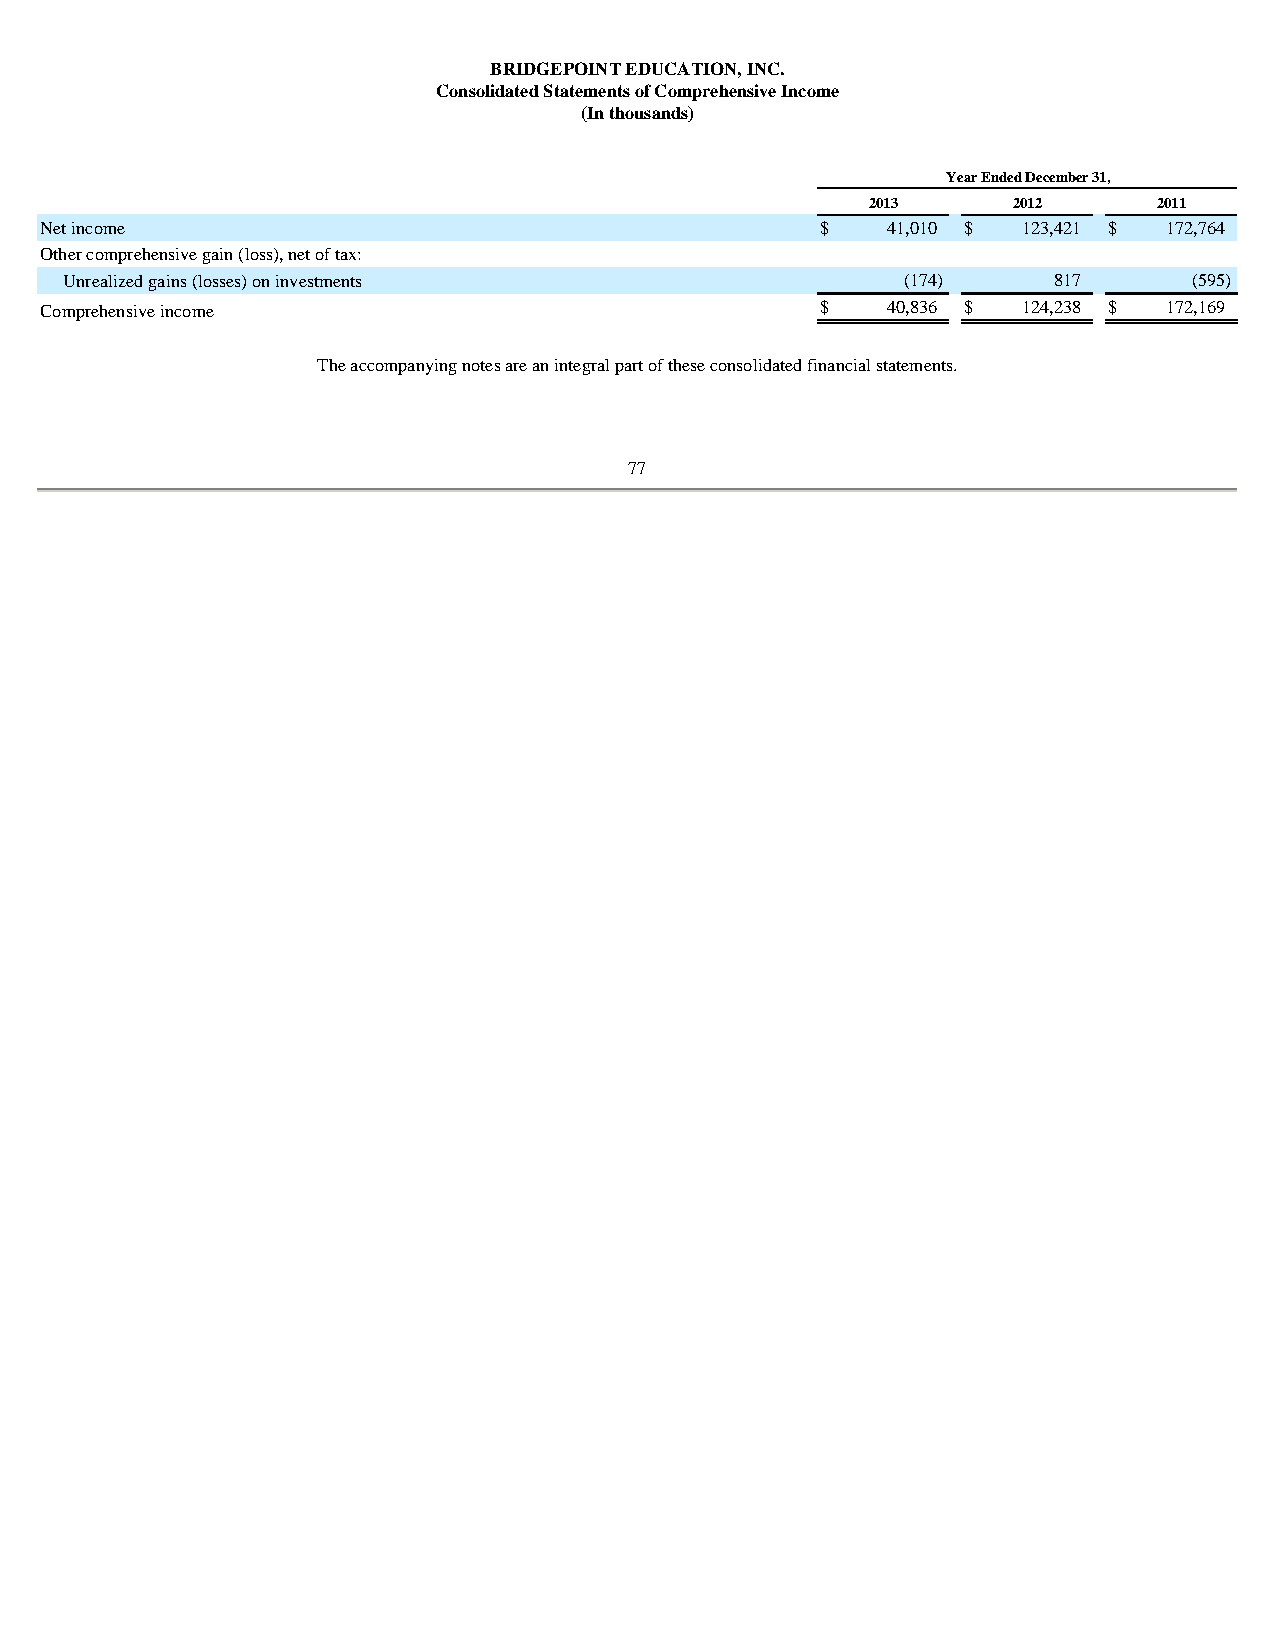
BRIDGEPOINT EDUCATION, INC.
 Consolidated Statements of Comprehensive Income
 (In thousands)
 Year Ended December 31,
 2013     2012      2011
 Net income                                         $    41,010 $ 123,421 $ 172,764
 Other comprehensive gain (loss), net of tax:
 Unrealized gains (losses) on investments                (174 )    817      (595 )
 Comprehensive income                               $    40,836 $ 124,238 $ 172,169
 The accompanying notes are an integral part of these consolidated financial statements.
 77